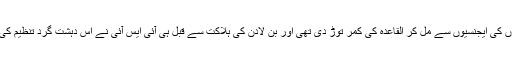
وزیر اطلاعات کے مطابق جنرل پاشا کا کہنا تھا کہ آئی ایس آئی نے پاکستان کے اتحادی ملکوں کی ایجنسیوں سے مل کر القاعدہ کی کمر توڑ دی تھی اور بن لادن کی ہلاکت سے قبل ہی آئی ایس آئی نے اس دہشت گرد تنظیم کی اعلیٰ قیادت کا خاتمہ کرکے اسامہ بن لادن کو حقیقتاً ایک غیر فعال رہنما میں تبدیل کر دیا تھا۔